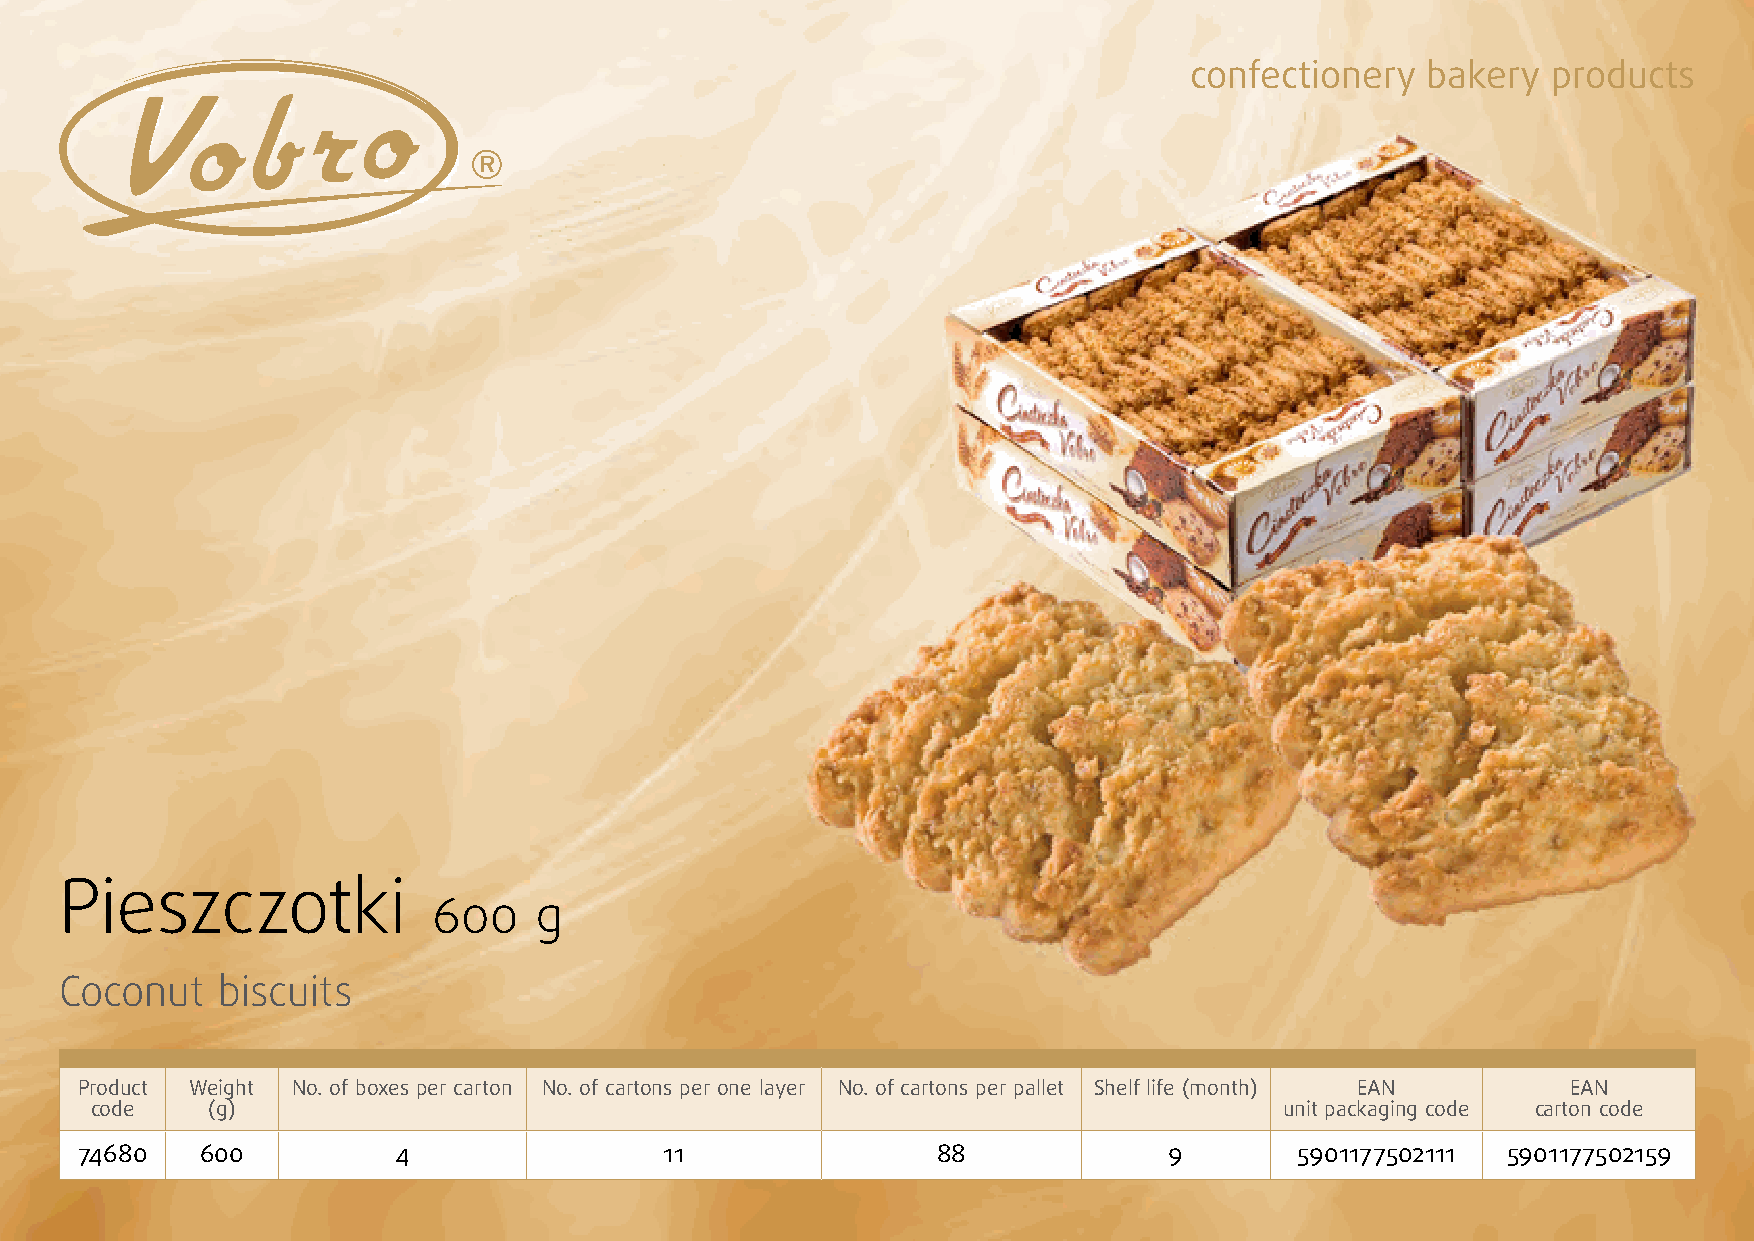
confectionery   bakery  products
 Pieszczotki
 600   g
 Coconut   biscuits
 Product Weight No. of boxes per carton No. of cartons per one layer No. of cartons per pallet Shelf life (month) EAN EAN
 code    (g)                                                                    unit packaging code carton code
 74680   600          4                 11                88             9        5901177502111 5901177502159